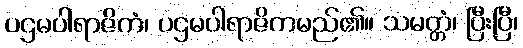
ပဌမပါရာဇိကံ၊ ပဌမပါရာဇိကမည်၏။ သမတ္တံ၊ ပြီးပြီ၊